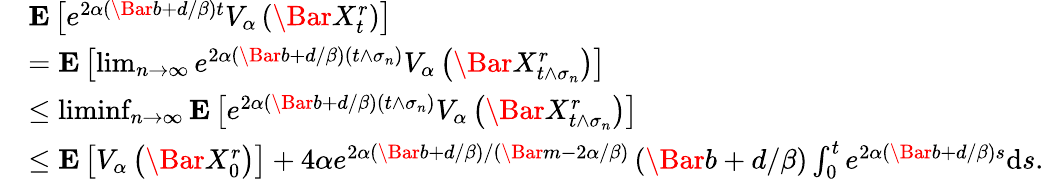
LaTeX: \begin{array}{rl}&{\mathbf{E}\left[e^{2\alpha\left(\Bar{b}+d/\beta\right)t}V_{\alpha}\left(\Bar{X}_{t}^{r}\right)\right]}\\ &{=\mathbf{E}\left[\operatorname*{lim}_{n\to\infty}e^{2\alpha\left(\Bar{b}+d/\beta\right)(t\wedge\sigma_{n})}V_{\alpha}\left(\Bar{X}_{t\wedge\sigma_{n}}^{r}\right)\right]}\\ &{\le\operatorname*{liminf}_{n\to\infty}\mathbf{E}\left[e^{2\alpha\left(\Bar{b}+d/\beta\right)(t\wedge\sigma_{n})}V_{\alpha}\left(\Bar{X}_{t\wedge\sigma_{n}}^{r}\right)\right]}\\ &{\le\mathbf{E}\left[V_{\alpha}\left(\Bar{X}_{0}^{r}\right)\right]+4\alpha e^{2\alpha(\Bar{b}+d/\beta)/(\Bar{m}-2\alpha/\beta)}\left(\Bar{b}+d/\beta\right)\int_{0}^{t}e^{2\alpha\left(\Bar{b}+d/\beta\right)s}\mathrm{d}s.}\end{array}